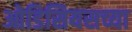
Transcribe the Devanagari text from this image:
ओडिसियसच्या